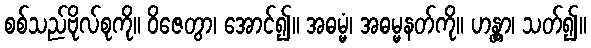
စစ်သည်ဗိုလ်စုကို။ ဝိဇေတွာ၊ အောင်၍။ အဓမ္မံ၊ အဓမ္မနတ်ကို။ ဟန္တွာ၊ သတ်၍။